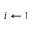
i \gets 1